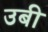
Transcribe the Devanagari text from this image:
उबी